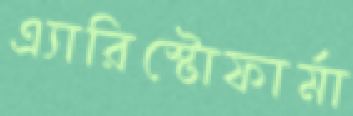
এ্যারিস্টোফার্মা